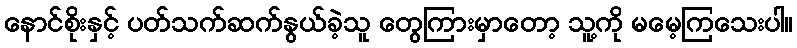
နောင်စိုးနှင့် ပတ်သက်ဆက်နွယ်ခဲ့သူ တွေကြားမှာတော့ သူ့ကို မမေ့ကြသေးပါ။